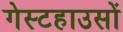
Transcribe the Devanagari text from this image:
गेस्टहाउसों